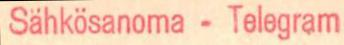
Sähkösanoma - Telegram